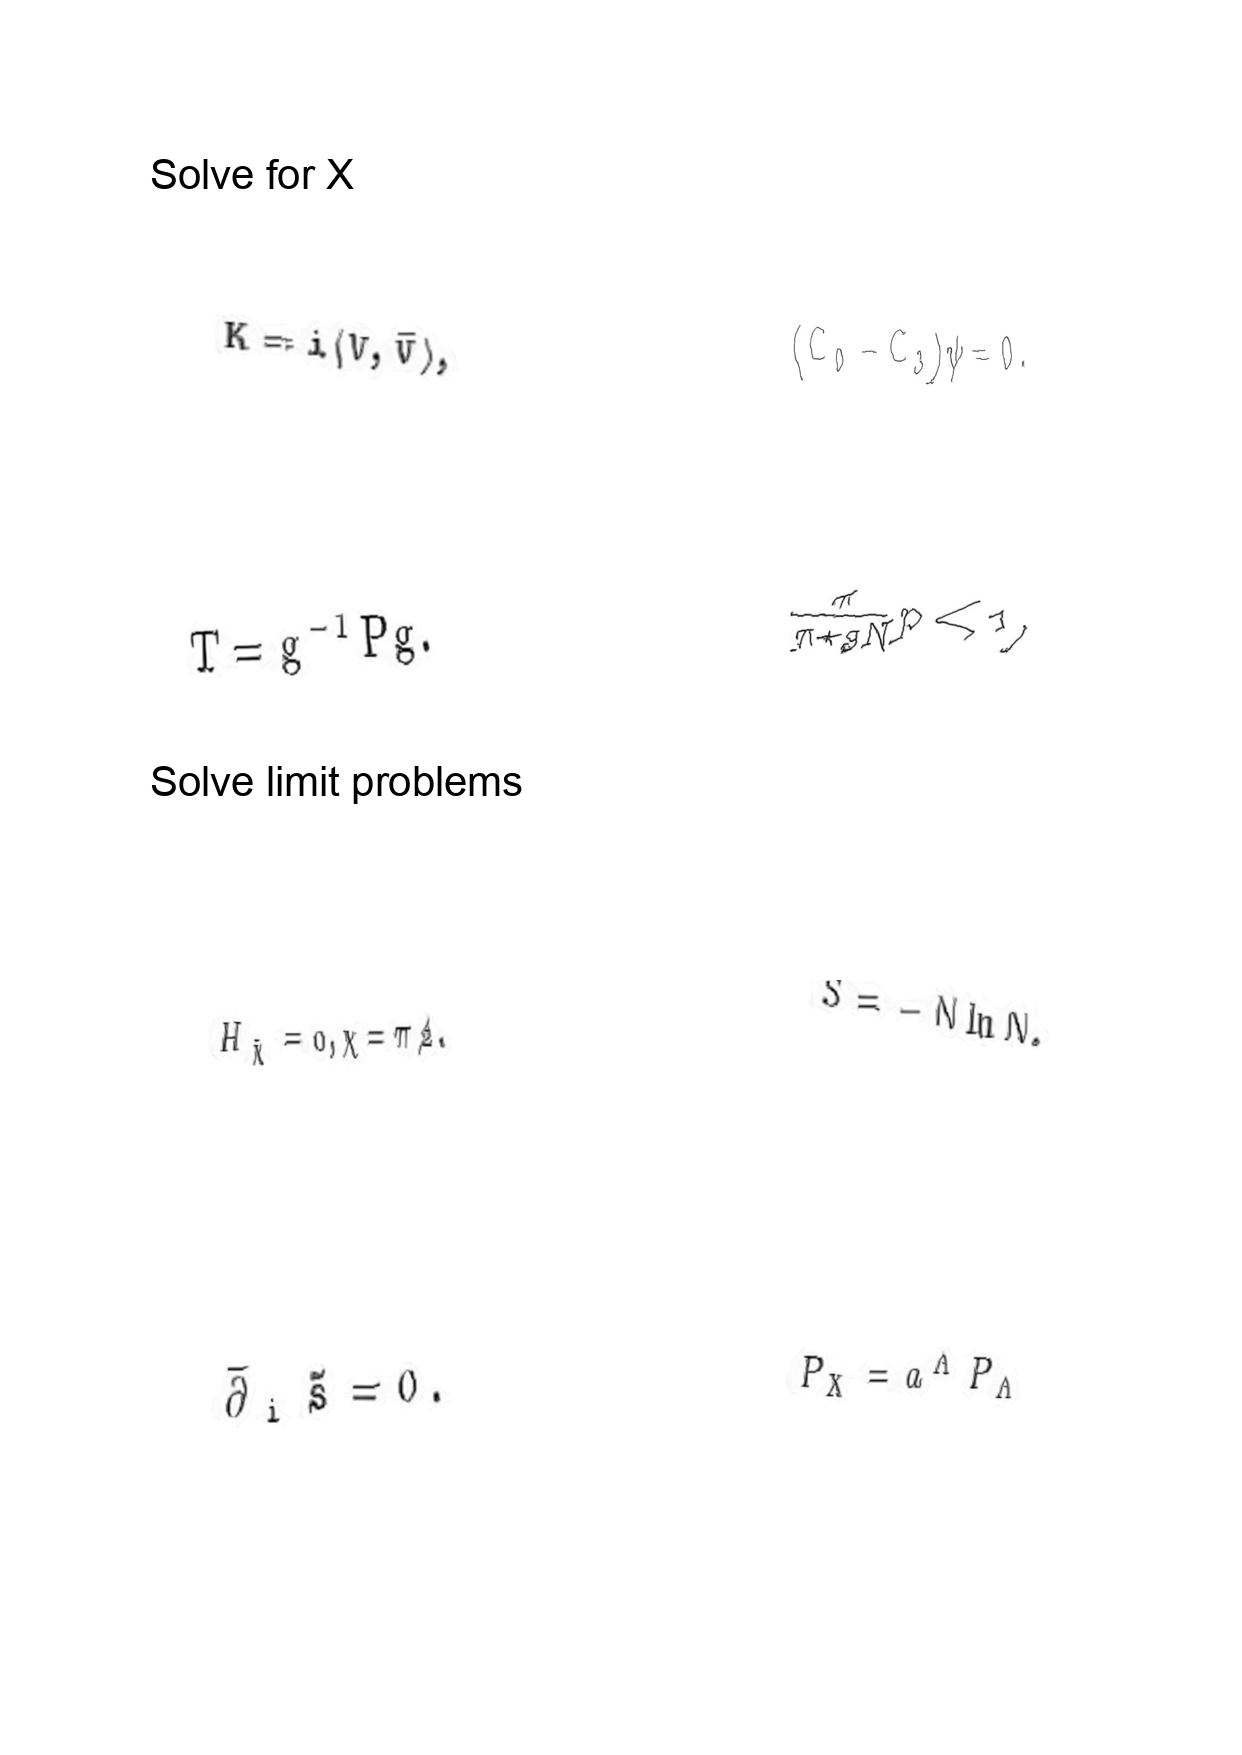
LaTeX transcription:
K = i \langle V , \bar { V } \rangle ,
T = g ^ { - 1 } P g .
H _ { \hat { \chi } } = 0 , \chi = \pi / 2 .
\bar { \partial } _ { i } \tilde { s } = 0 .
\lparen C _ { 0 } - C _ { 3 } \rparen \psi = 0 .
\frac { \pi } { \pi + g N } p \lt 1 ,
S = - N \ln N ,
P _ { X } = a ^ { \Lambda } P _ { \Lambda }